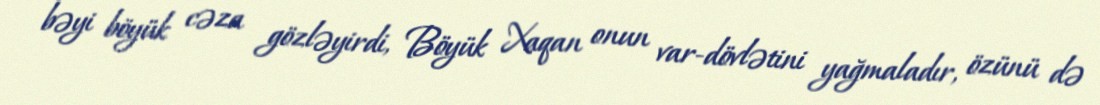
bəyi böyük cəza gözləyirdi, Böyük Xaqan onun var-dövlətini yağmaladır, özünü də